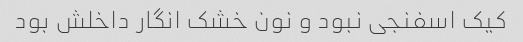
کیک اسفنجی نبود و نون خشک انگار داخلش بود